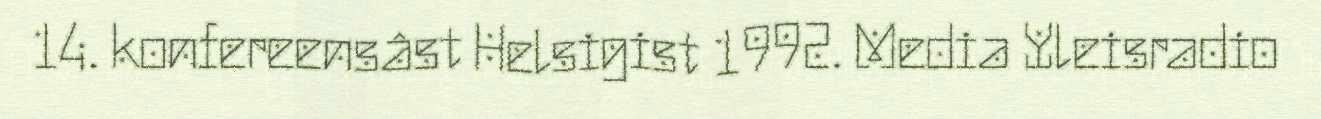
14. konfereensâst Helsigist 1992. Media Yleisradio